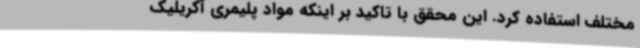
مختلف استفاده کرد. این محقق با تاکید بر اینکه مواد پلیمری آکریلیک